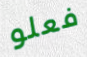
فعلو